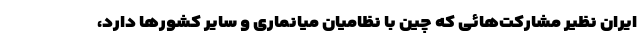
ایران نظیر مشارکت‌هائی که چین با نظامیان میانماری و سایر کشورها دارد،